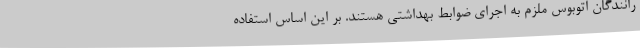
رانندگان اتوبوس ملزم به اجرای ضوابط بهداشتی هستند. بر این اساس استفاده